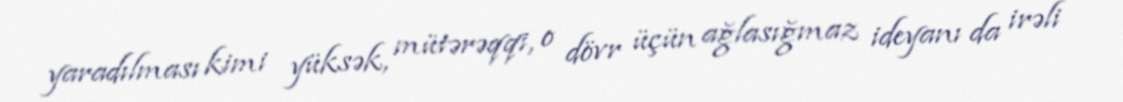
yaradılması kimi yüksək, mütərəqqi, o dövr üçün ağlasığmaz ideyanı da irəli